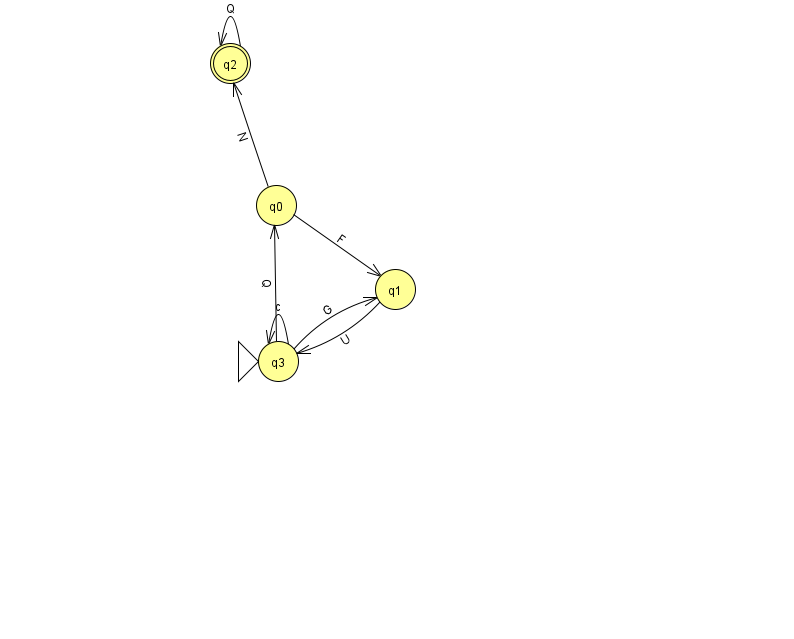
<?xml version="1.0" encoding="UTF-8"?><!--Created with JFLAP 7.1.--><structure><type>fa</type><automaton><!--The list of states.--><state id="0" name="q0"><x>276.0</x><y>192.0</y></state><state id="1" name="q1"><x>395.0</x><y>276.0</y></state><state id="2" name="q2"><x>230.0</x><y>50.0</y><final/></state><state id="3" name="q3"><x>278.0</x><y>348.0</y><initial/></state><!--The list of transitions.--><transition><from>2</from><to>2</to><read>Q</read></transition><transition><from>3</from><to>3</to><read>c</read></transition><transition><from>0</from><to>1</to><read>F</read></transition><transition><from>0</from><to>2</to><read>N</read></transition><transition><from>1</from><to>3</to><read>U</read></transition><transition><from>3</from><to>1</to><read>G</read></transition><transition><from>3</from><to>0</to><read>Q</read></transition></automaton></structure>